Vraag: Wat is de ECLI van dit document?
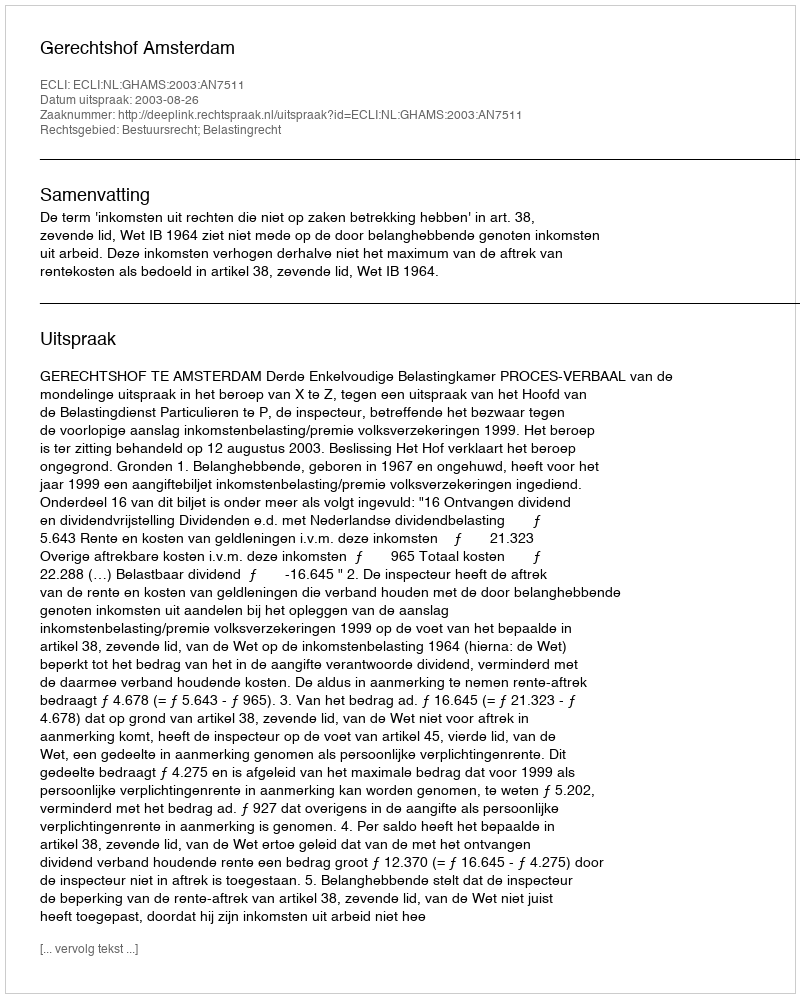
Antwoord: ECLI:NL:GHAMS:2003:AN7511